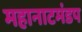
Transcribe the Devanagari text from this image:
महानाटमंडप